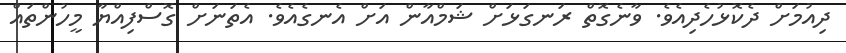
ދިއުމަށް ދެކޮޅުހެދިއެވެ. ވާނެގޮތް ރަނގަޅަށް ޝަމްއާން އަށް އެނގެއެވެ. އެތަނަށް ގޮސްފިއްޔާ މީހުންތައް